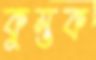
কুম্ভক